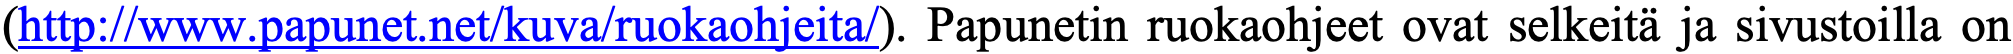
(http://www.papunet.net/kuva/ruokaohjeita/). Papunetin ruokaohjeet ovat selkeitä ja sivustoilla on